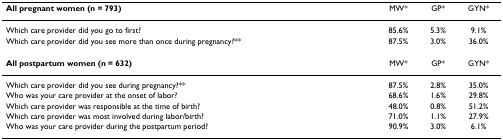
| All pregnant women (n = 793) | MW* | GP* | GYN* |
 | --- | --- | --- | --- |
 | Which care provider did you go to first? | 85.6% | 5.3% | 9.1% |
 | Which care provider did you see more than once during pregnancy?** | 87.5% | 3.0% | 36.0% |
 | All postpartum women (n = 632) | MW* | GP* | GYN* |
 | Which care provider did you see during pregnancy?** | 87.5% | 2.8% | 35.0% |
 | Who was your care provider at the onset of labor? | 68.6% | 1.6% | 29.8% |
 | Which care provider was responsible at the time of birth? | 48.0% | 0.8% | 51.2% |
 | Which care provider was most involved during labor/birth? | 71.0% | 1.1% | 27.9% |
 | Who was your care provider during the postpartum period? | 90.9% | 3.0% | 6.1% |